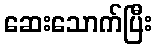
ဆေးသောက်ပြီး